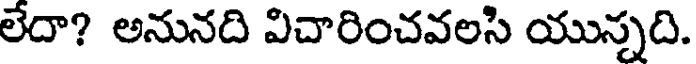
లేదా? అనునది విచారించవలసి యున్నది.